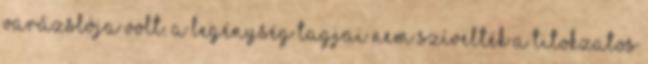
varázslója volt. A legénység tagjai nem szívelték a titokzatos